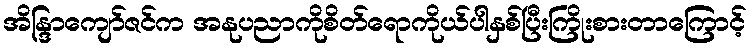
အိန္ဒြာကျော်ဇင်က အနုပညာကိုစိတ်ရောကိုယ်ပါနှစ်ပြီးကြိုးစားတာကြောင့်